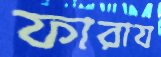
ফারায